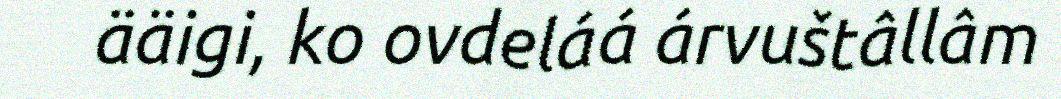
ääigi, ko ovdeláá árvuštâllâm